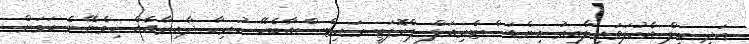
އަދި ބިލް އެކުލަވައިލާއިރު އިންޑަސްޓްރިއަލް ޕްރޮޕަޓީ ރައިޓްސްއާބެހޭ ހުރިހާ ދާއިރާއެއް ހިމެނޭނެ ކަމަށް